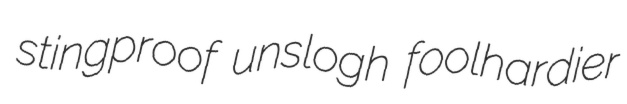
stingproof unslogh foolhardier